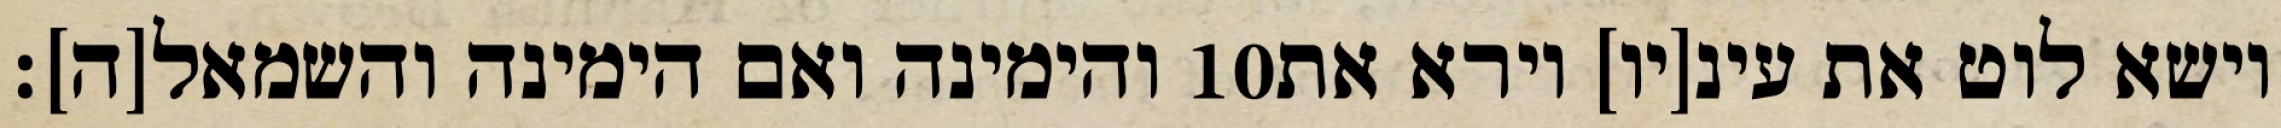
והימינה ואם הימינה והשמאל[ה]׃ ‎10‏ וישא לוט את עינ[יו] וירא את